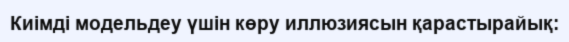
Киімді модельдеу үшін көру иллюзиясын қарастырайық: